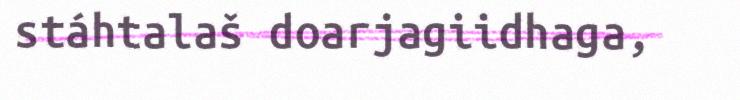
stáhtalaš doarjagiidhaga,